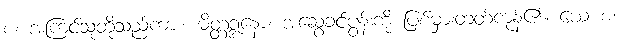
စ၊ အကြင်သူတို့သည်ကား။ မိတ္တဒ္ဒုနော၊ အဆွေခင်ပွန်းကို ပြစ်မှားတတ်ကုန်၏။ ယေ စ၊